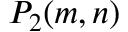
P _ { 2 } ( m , n )